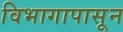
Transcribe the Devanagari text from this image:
विभागापासून